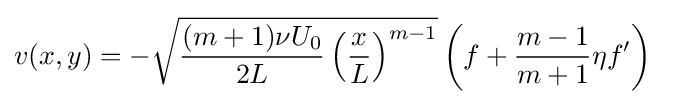
v(x,y)=-{\sqrt {{\frac {(m+1)\nu U_{0}}{2L}}\left({\frac {x}{L}}\right)^{m-1}}}\left(f+{\frac {m-1}{m+1}}\eta f'\right)\quad